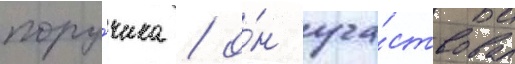
пору́чика / о́н уча́ствовал